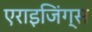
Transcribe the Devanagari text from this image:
एराइजिंग्स